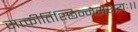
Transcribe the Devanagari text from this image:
सत्कीर्तिश्छिन्नसंशयः।।